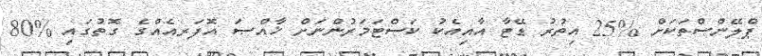
ޕްލޭންސްތަކަށް %25 އިތުރު ޑޭޓާ އާއިއެކު ކަސްޓަމަރުންނަށް ޚާއްޞަ އޮފަރއެއްގެ ގޮތުގައި %80